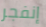
إنفجر